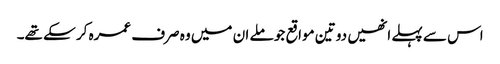
اس سے پہلے انھیں دو تین مواقع جو ملے ان میں وہ صرف عمرہ کر سکے تھے۔